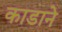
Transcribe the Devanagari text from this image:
काडाने